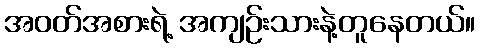
အဝတ်အစားရဲ့ အကျဉ်းသားနဲ့တူနေတယ်။